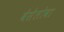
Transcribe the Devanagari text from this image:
वेसेलोवा